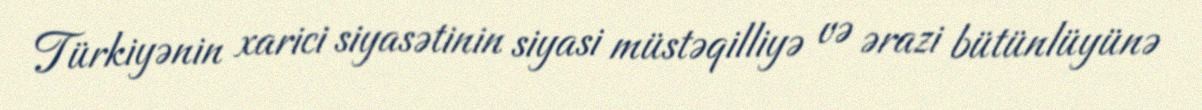
Türkiyənin xarici siyasətinin siyasi müstəqilliyə və ərazi bütünlüyünə